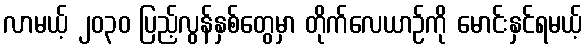
လာမယ့် ၂၀၃၀ ပြည့်လွန်နှစ်တွေမှာ တိုက်လေယာဉ်ကို မောင်းနှင်ရမယ့်